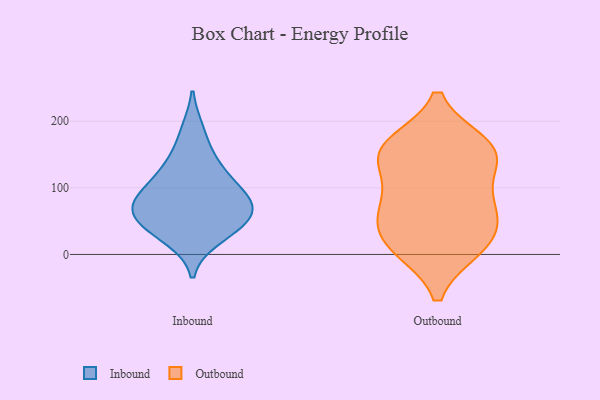
{"axis": {"x": "Production Output", "y": "Value"}, "legend": ["Inbound", "Outbound"], "data": [{"x": "", "y": 102, "type": "Inbound"}, {"x": "", "y": 126, "type": "Inbound"}, {"x": "", "y": 44, "type": "Inbound"}, {"x": "", "y": 139, "type": "Inbound"}, {"x": "", "y": 70, "type": "Inbound"}, {"x": "", "y": 185, "type": "Inbound"}, {"x": "", "y": 59, "type": "Inbound"}, {"x": "", "y": 39, "type": "Inbound"}, {"x": "", "y": 86, "type": "Inbound"}, {"x": "", "y": 69, "type": "Inbound"}, {"x": "", "y": 25, "type": "Inbound"}, {"x": "", "y": 82, "type": "Inbound"}, {"x": "", "y": 10, "type": "Outbound"}, {"x": "", "y": 156, "type": "Outbound"}, {"x": "", "y": 147, "type": "Outbound"}, {"x": "", "y": 143, "type": "Outbound"}, {"x": "", "y": 45, "type": "Outbound"}, {"x": "", "y": 66, "type": "Outbound"}, {"x": "", "y": 76, "type": "Outbound"}, {"x": "", "y": 12, "type": "Outbound"}, {"x": "", "y": 159, "type": "Outbound"}, {"x": "", "y": 17, "type": "Outbound"}, {"x": "", "y": 83, "type": "Outbound"}, {"x": "", "y": 164, "type": "Outbound"}]}